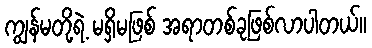
ကျွန်မတို့ရဲ့ မရှိမဖြစ် အရာတစ်ခုဖြစ်လာပါတယ်။